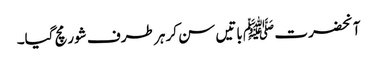
آنحضرت ﷺ باتیں سن کر ہر طرف شور مچ گیا۔